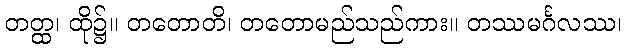
တတ္ထ၊ ထို၌။ တတောတိ၊ တတောမည်သည်ကား။ တဿမင်္ဂလဿ၊